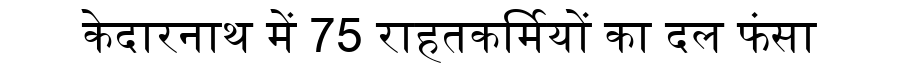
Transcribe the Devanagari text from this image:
केदारनाथ में 75 राहतकर्मियों का दल फंसा